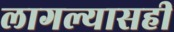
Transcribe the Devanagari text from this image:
लागल्यासही